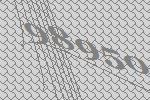
98950